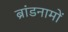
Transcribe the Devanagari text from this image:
ब्रांडनामों